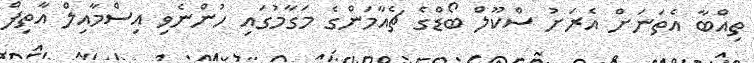
ތިއްބާ އެތަނަށް އެރަށު ސްކޫލް ބޯޑްގެ ޗެއާމަންގެ މަގާމުގައި ހުންނެވި އިސްމާއިލް އާތިފް